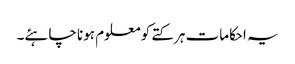
یہ احکامات ہر کتے کو معلوم ہونا چاہئے۔